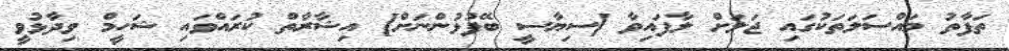
ތަފާތު މައްސަލަތަކުގައި ޖަލަށް ލާފައިވާ [ސިޔާސީ ބޭފުޅުންނަށް] އިޝާރާތް ކުރައްވައި ޝަހީމް ވިދާޅުވީ